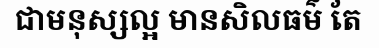
ជាមនុស្សល្អ មានសិលធម៌ តែ